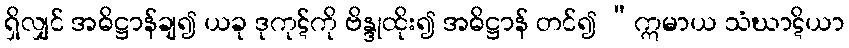
ရှိလျှင် အဓိဋ္ဌာန်ချ၍ ယခု ဒုကုဋ်ကို ဗိန္ဒုထိုး၍ အဓိဋ္ဌာန် တင်၍ “ဣမာယ သံဃာဋိယာ